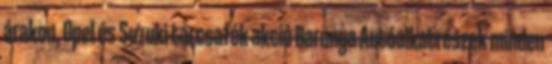
árakon, Opel és Suzuki tárcsafék akció Baranya Autóalkatrészek minden